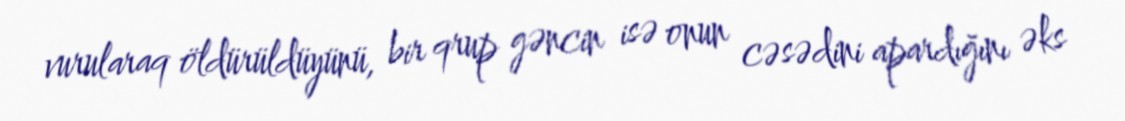
vurularaq öldürüldüyünü, bir qrup gəncin isə onun cəsədini apardığını əks